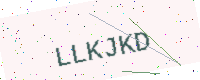
Text: LLKJKD